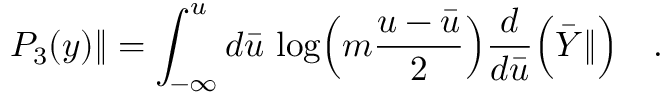
{ \cal P } _ { 3 } ( y ) \| = \int _ { - \infty } ^ { u } d { \bar { u } } \, \log \Bigl ( m \frac { u - { \bar { u } } } { 2 } \Bigr ) \frac { d } { d { \bar { u } } } \Bigl ( { \bar { Y } } \| \Bigr ) \quad .